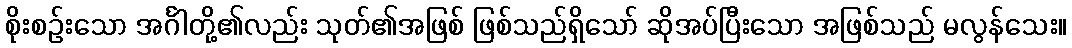
စိုးစဉ်းသော အင်္ဂါတို့၏လည်း သုတ်၏အဖြစ် ဖြစ်သည်ရှိသော် ဆိုအပ်ပြီးသော အဖြစ်သည် မလွန်သေး။